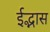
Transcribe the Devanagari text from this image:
ईद्भास